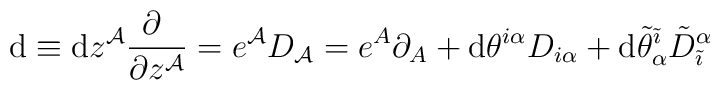
{\rm d}\equiv {\rm d}z^{{\cal A}}\frac{\partial~}{\partial z^{{\cal A}}}=e^{{\cal A}}D_{{\cal A}}=e^{A}\partial_{A}+{\rm d}\theta^{i\alpha}D_{i\alpha}+{\rm d}\tilde{\theta}^{\tilde{\imath}}_{\alpha}{\tilde{D}}^{\alpha}_{\tilde{\imath}}